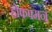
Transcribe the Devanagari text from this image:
होफफ्मन